Indian journal of veterinary science and animal husbandry - Volume 12,
Year: 1942
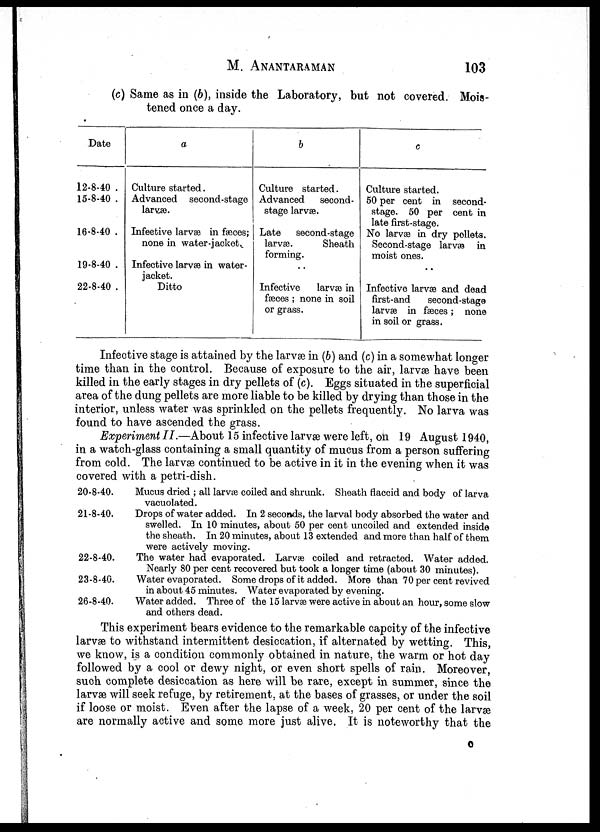
M.
ANANTARAMAN
103
(c) Same as in (b), inside the Laboratory, but not covered. Mois-
tened once a day.
Date
12-8-40 .
15-8-40 .
16-8-40 .
19-8-40 .
22-8-40 .
a
Culture started.
Advanced second-stage
larvæ.
Infective larvæ in faeces;
none in water-jacket.
Infective larvæ in water-
jacket.
Ditto
b
Culture started.
Advanced second -
stage larvæ.
Late second-stage
larvæ.
Sheath
forming.
..
Infective larvæ in
fæces ; none in soil
or grass.
c
Culture started.
50 per cent in second-
stage. 50 per cent in
late first-stage.
No larvæ in dry pellets.
Second-stage larvæ in
moist ones.
..
Infective larvæ and dead
first-and second-stage
larvæ in fæces; none
in soil or grass.
Infective stage is attained by the larvæ in (b) and (c) in a somewhat longer
time than in the control. Because of exposure to the air, larvæ have been
killed in the early stages in dry pellets of (c). Eggs situated in the superficial
area of the dung pellets are more liable to be killed by drying than those in the
interior, unless water was sprinkled on the pellets frequently. No larva was
found to have ascended the grass.
Experiment II.—About 15 infective larvæ were left, on 19 August 1940,
in a watch-glass containing a small quantity of mucus from a person suffering
from cold. The larvæ continued to be active in it in the evening when it was
covered with a petri-dish.
20-8-40.
Mucus dried ; all larvæ coiled and shrunk. Sheath flaccid and body of larva
vacuolated.
21-8-40.
Drops of water added. In 2 seconds, the larval body absorbed the water and
swelled. In 10 minutes, about 50 per cent uncoiled and extended inside
the sheath. In 20 minutes, about 13 extended and more than half of them
were actively moving.
22-8-40.
The water had evaporated. Larvæ coiled and retracted. Water added.
Nearly 80 per cent recovered but took a longer time (about 30 minutes).
23-8-40.
Water evaporated. Some drops of it added. More than 70 per cent revived
in about 45 minutes. Water evaporated by evening.
26-8-40.
Water added. Three of the 15 larvæ were active in about an hour, some slow
and others dead.
This experiment bears evidence to the remarkable capcity of the infective
larvæ to withstand intermittent desiccation, if alternated by wetting. This,
we know, is a condition commonly obtained in nature, the warm or hot day
followed by a cool or dewy night, or even short spells of rain. Moreover,
such complete desiccation as here will be rare, except in summer, since the
larvæ will seek refuge, by retirement, at the bases of grasses, or under the soil
if loose or moist. Even after the lapse of a week, 20 per cent of the larvæ
are normally active and some more just alive. It is noteworthy that the
O